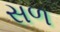
સળ